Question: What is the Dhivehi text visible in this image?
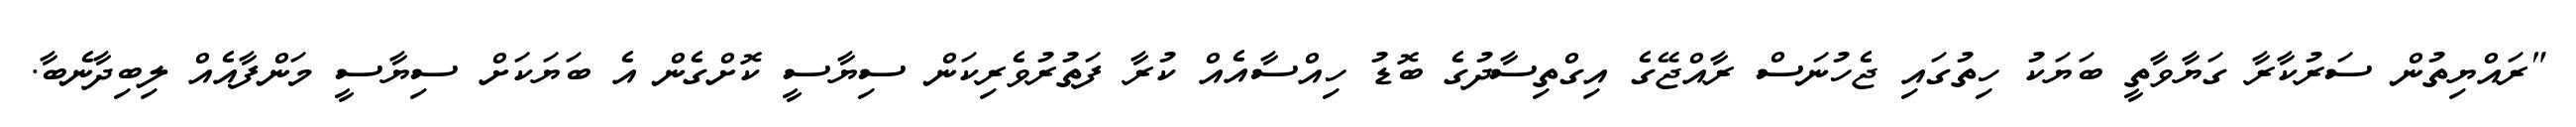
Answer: "ރައްޔިތުން ސަރުކާރާ ގަޔާވާތީ ބަޔަކު ހިތުގައި ޖެހުނަސް ރާއްޖޭގެ އިގްތިސާދުގެ ބޮޑު ހިއްސާއެއް ކުރާ ފަތުރުވެރިކަން ސިޔާސީ ކޮށްގެން އެ ބަޔަކަށް ސިޔާސީ މަންފާއެއް ލިބިދާނެބާ.